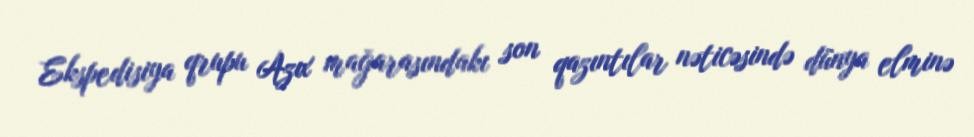
Ekspedisiya qrupu Azıx mağarasındakı son qazıntılar nəticəsində dünya elminə